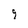
Character: 9